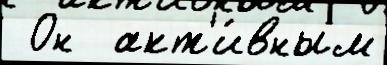
 Он  акт'и́вным